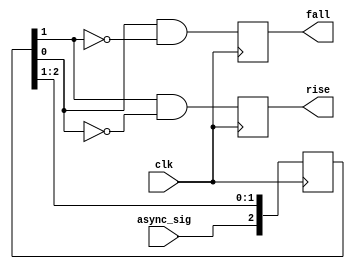
`timescale 1ns / 1ps
//////////////////////////////////////////////////////////////////////////////////
// Company: 
// Engineer: 
// 
// Design Name: 
// Module Name:    edge_detect 
// Project Name: 
// Target Devices: 
// Tool versions: 
// Description: 
//
// Dependencies: 
//
// Revision: 
// Revision 0.01 - File Created
// Additional Comments: 
//
//////////////////////////////////////////////////////////////////////////////////
module edge_detect (input async_sig,
                    input clk,
                    output reg rise,
                    output reg fall);

  reg [1:3] resync;

  always @(posedge clk)
  begin
    // detect rising and falling edges.
    rise <= resync[2] & !resync[3];
    fall <= resync[3] & !resync[2];
    // update history shifter.
    resync <= {async_sig , resync[1:2]};
  end

endmodule